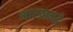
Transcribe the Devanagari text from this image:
भारतामद्धे